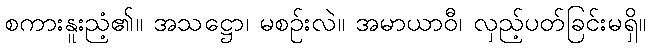
စကားနူးညံ့၏။ အသဋ္ဌော၊ မစဉ်းလဲ။ အမာယာဝီ၊ လှည့်ပတ်ခြင်းမရှိ။